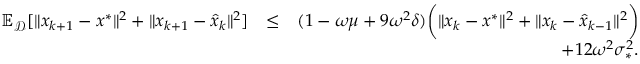
\begin{array} { r l r } { \mathbb { E } _ { \mathcal { D } } [ \| x _ { k + 1 } - x ^ { * } \| ^ { 2 } + \| x _ { k + 1 } - \hat { x } _ { k } \| ^ { 2 } ] } & { \leq } & { ( 1 - \omega \mu + 9 \omega ^ { 2 } \delta ) \bigg ( \| x _ { k } - x ^ { * } \| ^ { 2 } + \| x _ { k } - \hat { x } _ { k - 1 } \| ^ { 2 } \bigg ) } \\ & { } & { \quad + 1 2 \omega ^ { 2 } \sigma _ { * } ^ { 2 } . } \end{array}